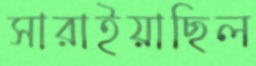
সারাইয়াছিল